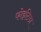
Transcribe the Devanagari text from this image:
फोइटिडा